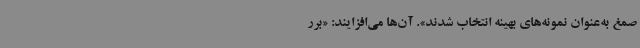
صمغ به‌عنوان نمونه‌های بهینه انتخاب شدند». آن‌ها می‌افزایند: «برر